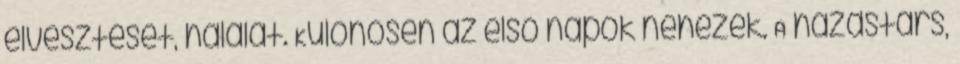
elvesztését, halálát. Különösen az első napok nehezek. A házastárs,